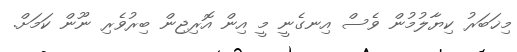
މިޚަބަރު ކިޔާލުމުން ވެސް އިނގެނީ މީ އިން އޮރިޖިން ބިރުވެރި ނޫން ކަމަށް.